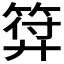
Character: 𭚚